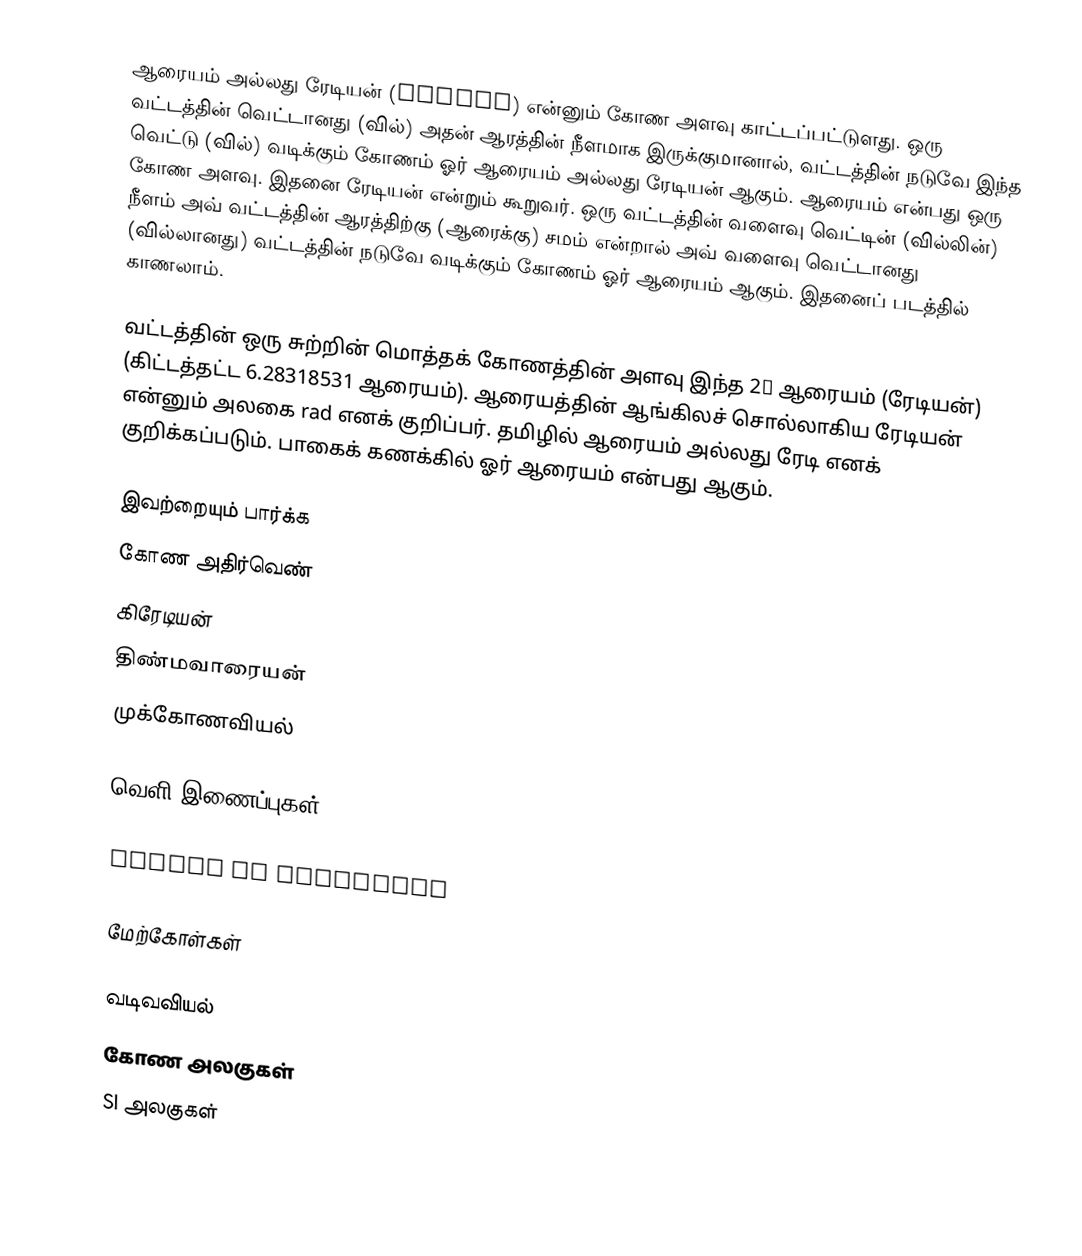
ஆரையம் அல்லது ரேடியன் (Radian) என்னும் கோண அளவு காட்டப்பட்டுளது. ஒரு வட்டத்தின் வெட்டானது (வில்) அதன் ஆரத்தின் நீளமாக இருக்குமானால், வட்டத்தின் நடுவே இந்த வெட்டு (வில்) வடிக்கும் கோணம் ஓர் ஆரையம் அல்லது ரேடியன் ஆகும். ஆரையம் என்பது ஒரு கோண அளவு. இதனை ரேடியன் என்றும் கூறுவர். ஒரு வட்டத்தின் வளைவு வெட்டின் (வில்லின்) நீளம் அவ் வட்டத்தின் ஆரத்திற்கு (ஆரைக்கு) சமம் என்றால் அவ் வளைவு வெட்டானது (வில்லானது) வட்டத்தின் நடுவே வடிக்கும் கோணம் ஓர் ஆரையம் ஆகும். இதனைப் படத்தில் காணலாம்.

வட்டத்தின் ஒரு சுற்றின் மொத்தக் கோணத்தின் அளவு இந்த 2π ஆரையம் (ரேடியன்) (கிட்டத்தட்ட 6.28318531 ஆரையம்). ஆரையத்தின் ஆங்கிலச் சொல்லாகிய ரேடியன் என்னும் அலகை rad எனக் குறிப்பர். தமிழில் ஆரையம் அல்லது ரேடி எனக் குறிக்கப்படும். பாகைக் கணக்கில் ஓர் ஆரையம் என்பது  ஆகும்.

இவற்றையும் பார்க்க
 கோண அதிர்வெண்
 கிரேடியன்
 திண்மவாரையன்
 முக்கோணவியல்

வெளி இணைப்புகள்

 Radian at MathWorld

மேற்கோள்கள்

வடிவவியல்
கோண அலகுகள்
SI அலகுகள்